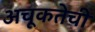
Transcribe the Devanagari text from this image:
अचूकतेची